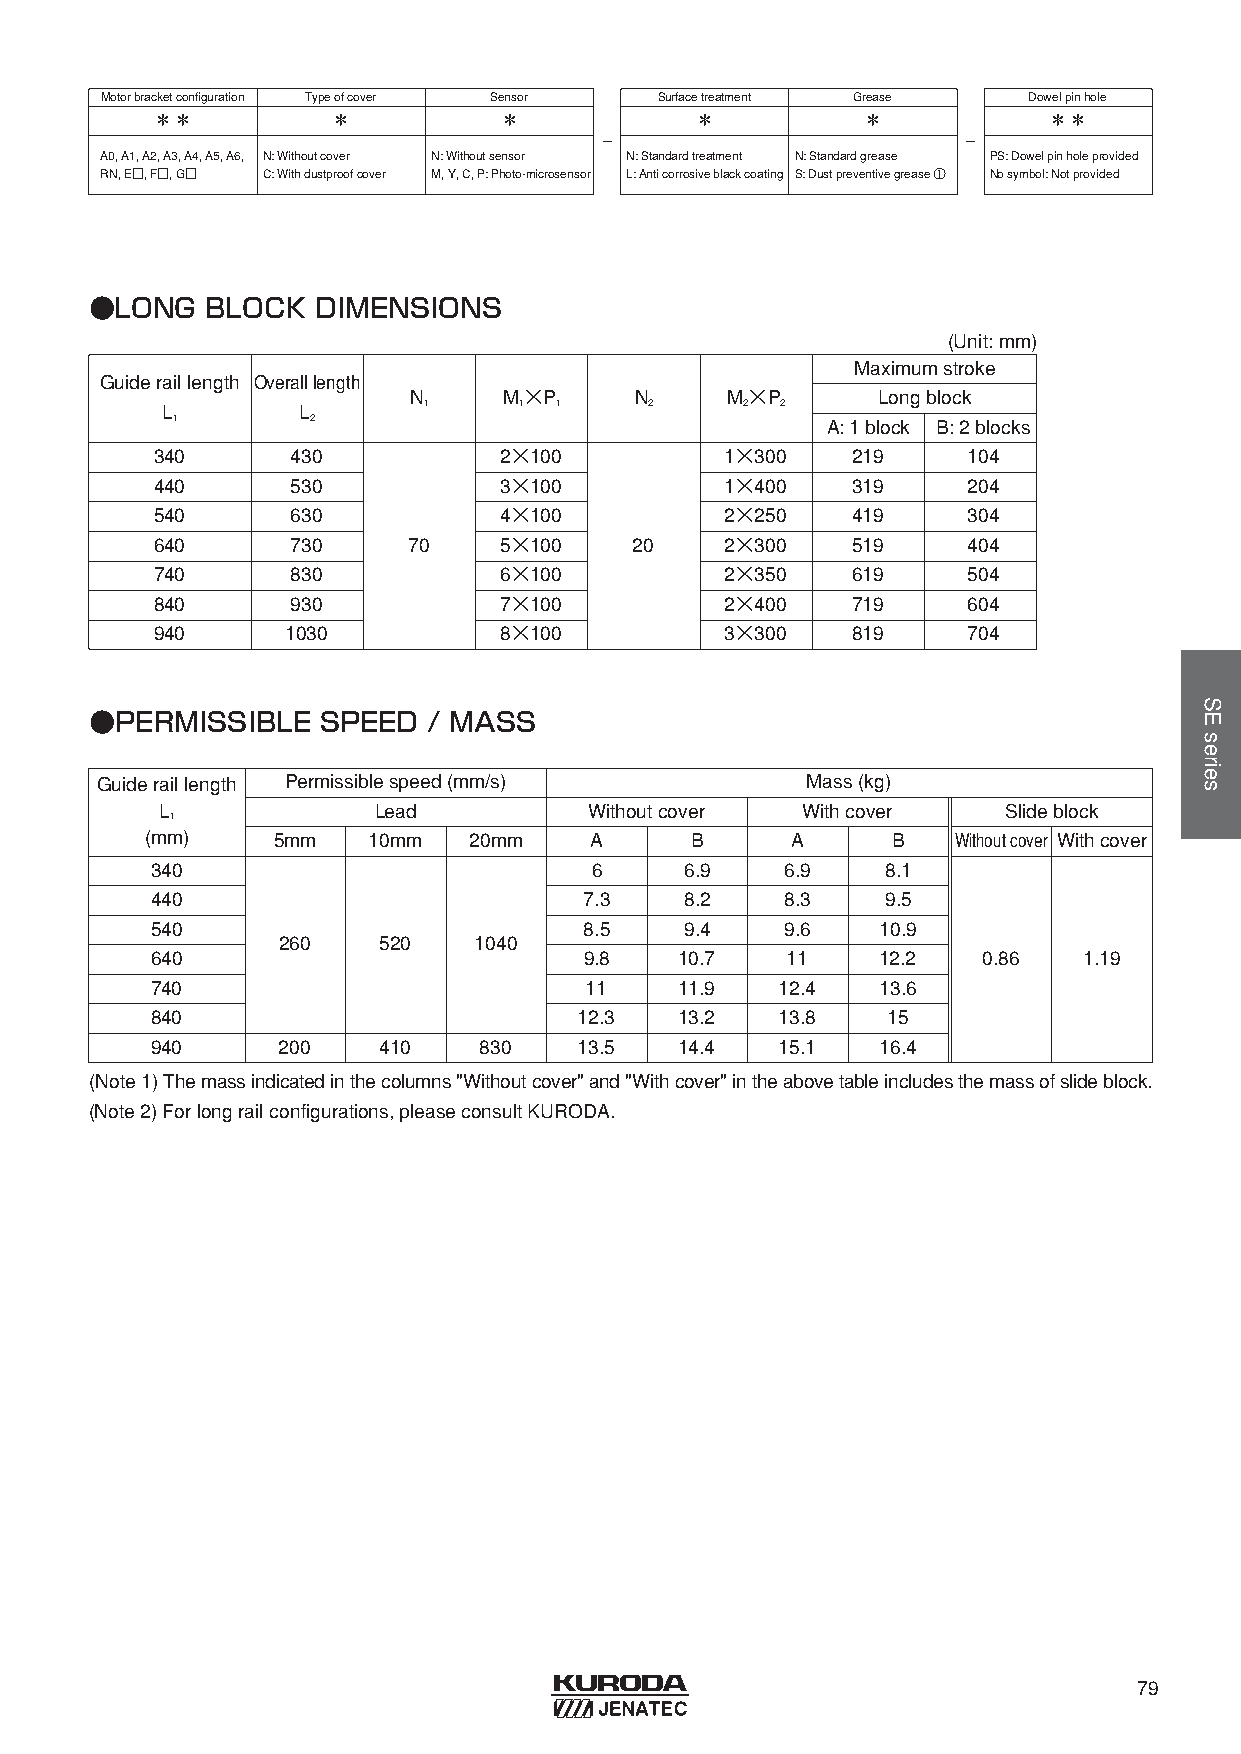
Motorbracketconfiguration Typeofcover Sensor Surfacetreatment Grease Dowelpinhole
 ＊＊          ＊          ＊            ＊          ＊           ＊＊
 -                       -
 A0, A1, A2, A3, A4, A5, A6, N: Withoutcover N: Withoutsensor N: Standardtreatment N: Standardgrease PS: Dowelpinholeprovided
 RN, E□, F□, G□ C: Withdustproofcover M, Y, C, P: Photo-microsensor L: Anticorrosiveblackcoating S: Dustpreventivegrease ① Nosymbol: Notprovided
 ●LONG   BLOCK  DIMENSIONS
 (Unit: mm)
 Maximumstroke
 Guideraillength Overalllength
 N     M×P      N     M×P       Longblock
 L        L       1     1  1     2     2  2
 1         2                                 A: 1 block B: 2 blocks
 340      430           2×100          1×300   219     104
 440      530           3×100          1×400   319     204
 540      630           4×100          2×250   419     304
 640      730     70    5×100    20    2×300   519     404
 740      830           6×100          2×350   619     504
 840      930           7×100          2×400   719     604
 940      1030          8×100          3×300   819     704
 ●PERMISSIBLE   SPEED  / MASS
 Guideraillength Permissiblespeed(mm/s)         Mass(kg)
 L             Lead          Withoutcover  Withcover     Slideblock
 1
 (mm)    5mm   10mm   20mm    A      B     A      B   Withoutcover Withcover
 340                          6     6.9    6.9    8.1
 440                          7.3   8.2    8.3    9.5
 540                          8.5   9.4    9.6   10.9
 260    520   1040
 640                          9.8   10.7   11    12.2   0.86   1.19
 740                          11    11.9   12.4  13.6
 840                         12.3   13.2   13.8   15
 940     200    410    830   13.5   14.4   15.1  16.4
 (Note1) Themassindicatedinthecolumns"Withoutcover" and"Withcover" intheabovetableincludesthemassofslideblock.
 (Note2) Forlongrailconfigurations, pleaseconsultKURODA.
 79
 SEseries